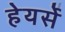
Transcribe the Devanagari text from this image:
हेयर्से